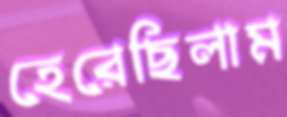
হেরেছিলাম